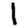
Digit: 1